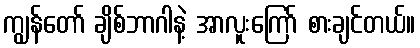
ကျွန်တော် ချိစ်ဘာဂါနဲ့ အာလူးကြော် စားချင်တယ်။